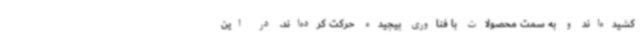
کشیده‌اند و به سمت محصولات با فناوری پیچیده حرکت کرده‌اند. در این